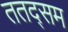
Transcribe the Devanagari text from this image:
ततद्सम